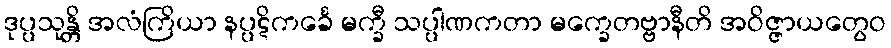
ဒုပ္ပသုန္တိ အလံကြိယာ နပ္ပဋိကင်္ခေ မက္ခီ သပ္ပါဏကတာ မက္ခေတဗ္ဗာနီတိ အဝိဇ္ဇာယတွေဝ